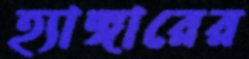
হ্যাঙ্গারের